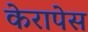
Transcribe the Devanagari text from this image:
केरापेस